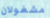
مشغولان